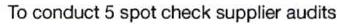
To conduct 5 spot check supplier audits